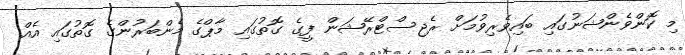
މި ކޮންވެންޝަނުގައި ބައިވެރިވުމަށް ރެޖިސްޓްރޭޝަން ފީގެ ގޮތުގައި މާޕްގެ މެންބަރުންގެ ގޮތުގައި އެއް